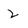
Character: 2